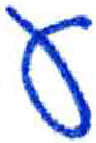
אות: ע